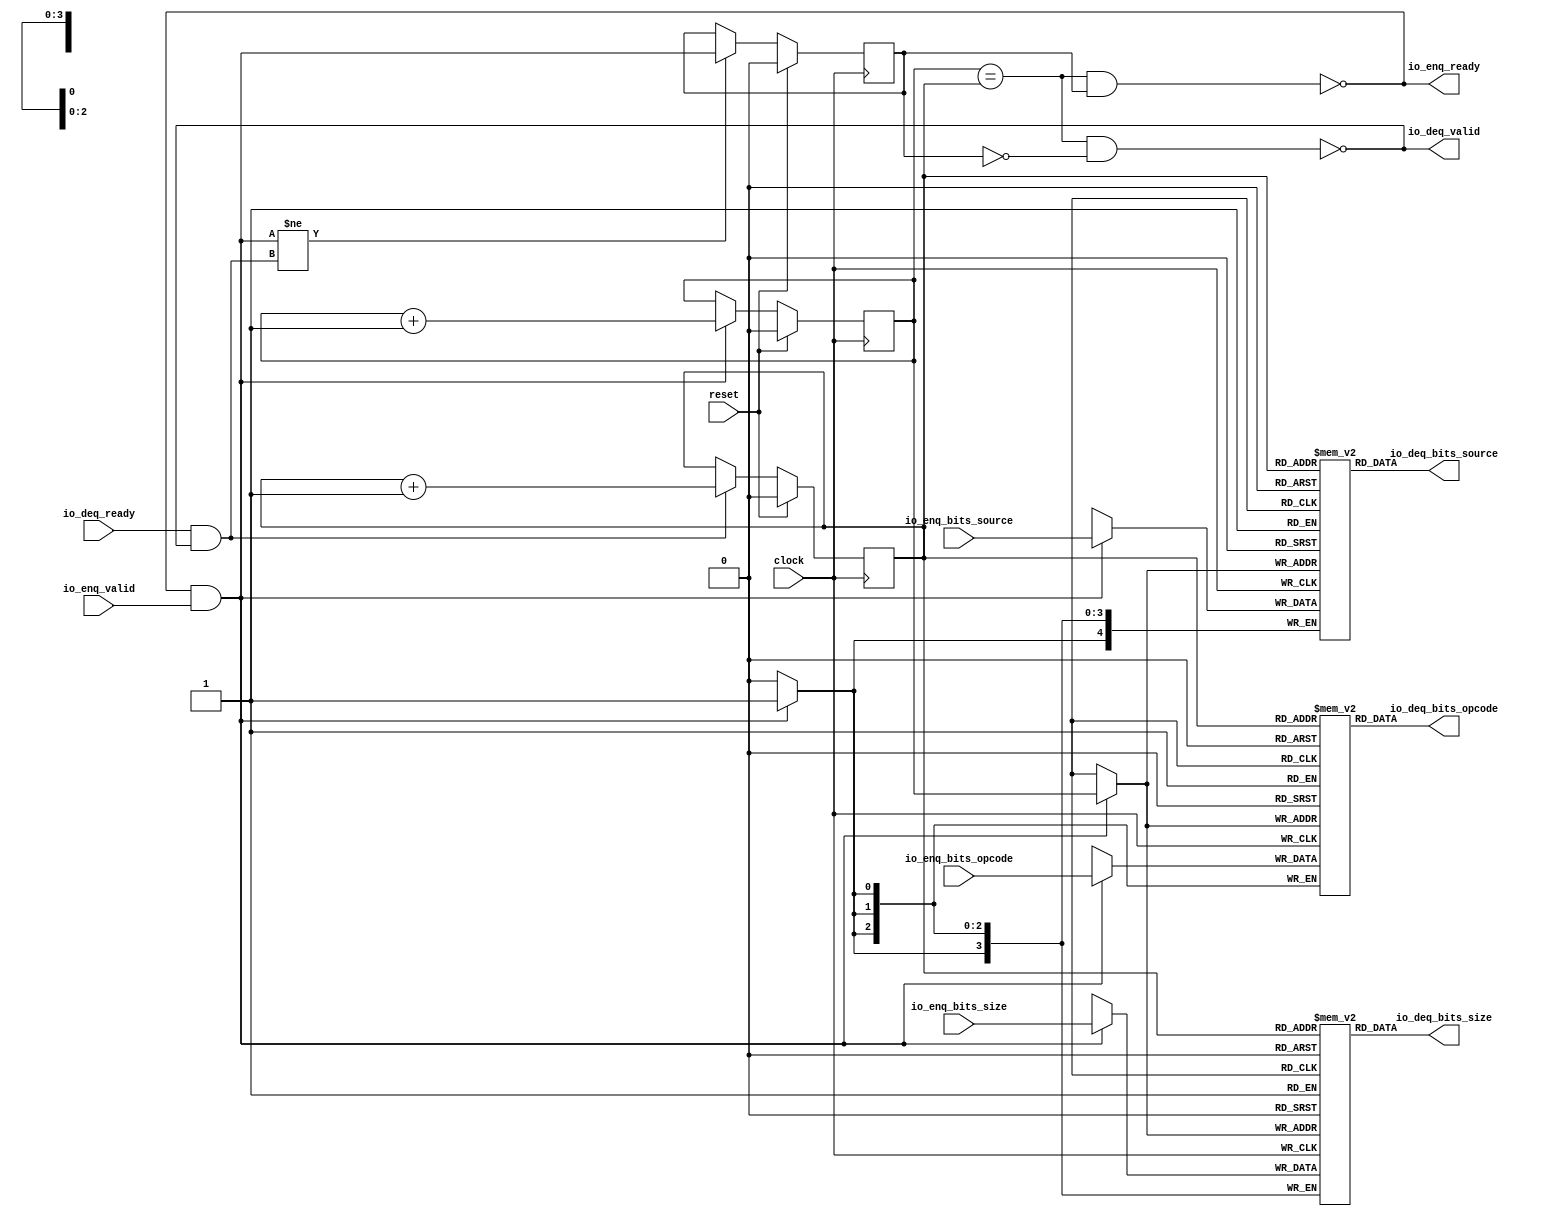
module Queue_24(
  input        clock,
  input        reset,
  output       io_enq_ready,
  input        io_enq_valid,
  input  [2:0] io_enq_bits_opcode,
  input  [3:0] io_enq_bits_size,
  input  [4:0] io_enq_bits_source,
  input        io_deq_ready,
  output       io_deq_valid,
  output [2:0] io_deq_bits_opcode,
  output [3:0] io_deq_bits_size,
  output [4:0] io_deq_bits_source
);
`ifdef RANDOMIZE_MEM_INIT
  reg [31:0] _RAND_0;
  reg [31:0] _RAND_1;
  reg [31:0] _RAND_2;
`endif // RANDOMIZE_MEM_INIT
`ifdef RANDOMIZE_REG_INIT
  reg [31:0] _RAND_3;
  reg [31:0] _RAND_4;
  reg [31:0] _RAND_5;
`endif // RANDOMIZE_REG_INIT
  reg [2:0] ram_opcode [0:1]; // @[Decoupled.scala 218:16]
  wire [2:0] ram_opcode_io_deq_bits_MPORT_data; // @[Decoupled.scala 218:16]
  wire  ram_opcode_io_deq_bits_MPORT_addr; // @[Decoupled.scala 218:16]
  wire [2:0] ram_opcode_MPORT_data; // @[Decoupled.scala 218:16]
  wire  ram_opcode_MPORT_addr; // @[Decoupled.scala 218:16]
  wire  ram_opcode_MPORT_mask; // @[Decoupled.scala 218:16]
  wire  ram_opcode_MPORT_en; // @[Decoupled.scala 218:16]
  reg [3:0] ram_size [0:1]; // @[Decoupled.scala 218:16]
  wire [3:0] ram_size_io_deq_bits_MPORT_data; // @[Decoupled.scala 218:16]
  wire  ram_size_io_deq_bits_MPORT_addr; // @[Decoupled.scala 218:16]
  wire [3:0] ram_size_MPORT_data; // @[Decoupled.scala 218:16]
  wire  ram_size_MPORT_addr; // @[Decoupled.scala 218:16]
  wire  ram_size_MPORT_mask; // @[Decoupled.scala 218:16]
  wire  ram_size_MPORT_en; // @[Decoupled.scala 218:16]
  reg [4:0] ram_source [0:1]; // @[Decoupled.scala 218:16]
  wire [4:0] ram_source_io_deq_bits_MPORT_data; // @[Decoupled.scala 218:16]
  wire  ram_source_io_deq_bits_MPORT_addr; // @[Decoupled.scala 218:16]
  wire [4:0] ram_source_MPORT_data; // @[Decoupled.scala 218:16]
  wire  ram_source_MPORT_addr; // @[Decoupled.scala 218:16]
  wire  ram_source_MPORT_mask; // @[Decoupled.scala 218:16]
  wire  ram_source_MPORT_en; // @[Decoupled.scala 218:16]
  reg  value; // @[Counter.scala 60:40]
  reg  value_1; // @[Counter.scala 60:40]
  reg  maybe_full; // @[Decoupled.scala 221:27]
  wire  ptr_match = value == value_1; // @[Decoupled.scala 223:33]
  wire  empty = ptr_match & (~maybe_full); // @[Decoupled.scala 224:25]
  wire  full = ptr_match & maybe_full; // @[Decoupled.scala 225:24]
  wire  do_enq = io_enq_ready & io_enq_valid; // @[Decoupled.scala 40:37]
  wire  do_deq = io_deq_ready & io_deq_valid; // @[Decoupled.scala 40:37]
  wire  _value_T_1 = value + 1'h1; // @[Counter.scala 76:24]
  wire  _value_1_T_1 = value_1 + 1'h1; // @[Counter.scala 76:24]
  wire  _T = do_enq != do_deq; // @[Decoupled.scala 236:16]
  assign ram_opcode_io_deq_bits_MPORT_addr = value_1;
  assign ram_opcode_io_deq_bits_MPORT_data = ram_opcode[ram_opcode_io_deq_bits_MPORT_addr]; // @[Decoupled.scala 218:16]
  assign ram_opcode_MPORT_data = io_enq_bits_opcode;
  assign ram_opcode_MPORT_addr = value;
  assign ram_opcode_MPORT_mask = 1'h1;
  assign ram_opcode_MPORT_en = io_enq_ready & io_enq_valid;
  assign ram_size_io_deq_bits_MPORT_addr = value_1;
  assign ram_size_io_deq_bits_MPORT_data = ram_size[ram_size_io_deq_bits_MPORT_addr]; // @[Decoupled.scala 218:16]
  assign ram_size_MPORT_data = io_enq_bits_size;
  assign ram_size_MPORT_addr = value;
  assign ram_size_MPORT_mask = 1'h1;
  assign ram_size_MPORT_en = io_enq_ready & io_enq_valid;
  assign ram_source_io_deq_bits_MPORT_addr = value_1;
  assign ram_source_io_deq_bits_MPORT_data = ram_source[ram_source_io_deq_bits_MPORT_addr]; // @[Decoupled.scala 218:16]
  assign ram_source_MPORT_data = io_enq_bits_source;
  assign ram_source_MPORT_addr = value;
  assign ram_source_MPORT_mask = 1'h1;
  assign ram_source_MPORT_en = io_enq_ready & io_enq_valid;
  assign io_enq_ready = ~full; // @[Decoupled.scala 241:19]
  assign io_deq_valid = ~empty; // @[Decoupled.scala 240:19]
  assign io_deq_bits_opcode = ram_opcode_io_deq_bits_MPORT_data; // @[Decoupled.scala 242:15]
  assign io_deq_bits_size = ram_size_io_deq_bits_MPORT_data; // @[Decoupled.scala 242:15]
  assign io_deq_bits_source = ram_source_io_deq_bits_MPORT_data; // @[Decoupled.scala 242:15]
  always @(posedge clock) begin
    if(ram_opcode_MPORT_en & ram_opcode_MPORT_mask) begin
      ram_opcode[ram_opcode_MPORT_addr] <= ram_opcode_MPORT_data; // @[Decoupled.scala 218:16]
    end
    if(ram_size_MPORT_en & ram_size_MPORT_mask) begin
      ram_size[ram_size_MPORT_addr] <= ram_size_MPORT_data; // @[Decoupled.scala 218:16]
    end
    if(ram_source_MPORT_en & ram_source_MPORT_mask) begin
      ram_source[ram_source_MPORT_addr] <= ram_source_MPORT_data; // @[Decoupled.scala 218:16]
    end
    if (reset) begin // @[Counter.scala 60:40]
      value <= 1'h0; // @[Counter.scala 60:40]
    end else if (do_enq) begin // @[Decoupled.scala 229:17]
      value <= _value_T_1; // @[Counter.scala 76:15]
    end
    if (reset) begin // @[Counter.scala 60:40]
      value_1 <= 1'h0; // @[Counter.scala 60:40]
    end else if (do_deq) begin // @[Decoupled.scala 233:17]
      value_1 <= _value_1_T_1; // @[Counter.scala 76:15]
    end
    if (reset) begin // @[Decoupled.scala 221:27]
      maybe_full <= 1'h0; // @[Decoupled.scala 221:27]
    end else if (_T) begin // @[Decoupled.scala 236:28]
      maybe_full <= do_enq; // @[Decoupled.scala 237:16]
    end
  end
// Register and memory initialization
`ifdef RANDOMIZE_GARBAGE_ASSIGN
`define RANDOMIZE
`endif
`ifdef RANDOMIZE_INVALID_ASSIGN
`define RANDOMIZE
`endif
`ifdef RANDOMIZE_REG_INIT
`define RANDOMIZE
`endif
`ifdef RANDOMIZE_MEM_INIT
`define RANDOMIZE
`endif
`ifndef RANDOM
`define RANDOM $random
`endif
`ifdef RANDOMIZE_MEM_INIT
  integer initvar;
`endif
`ifndef SYNTHESIS
`ifdef FIRRTL_BEFORE_INITIAL
`FIRRTL_BEFORE_INITIAL
`endif
initial begin
  `ifdef RANDOMIZE
    `ifdef INIT_RANDOM
      `INIT_RANDOM
    `endif
    `ifndef VERILATOR
      `ifdef RANDOMIZE_DELAY
        #`RANDOMIZE_DELAY begin end
      `else
        #0.002 begin end
      `endif
    `endif
`ifdef RANDOMIZE_MEM_INIT
  _RAND_0 = {1{`RANDOM}};
  for (initvar = 0; initvar < 2; initvar = initvar+1)
    ram_opcode[initvar] = _RAND_0[2:0];
  _RAND_1 = {1{`RANDOM}};
  for (initvar = 0; initvar < 2; initvar = initvar+1)
    ram_size[initvar] = _RAND_1[3:0];
  _RAND_2 = {1{`RANDOM}};
  for (initvar = 0; initvar < 2; initvar = initvar+1)
    ram_source[initvar] = _RAND_2[4:0];
`endif // RANDOMIZE_MEM_INIT
`ifdef RANDOMIZE_REG_INIT
  _RAND_3 = {1{`RANDOM}};
  value = _RAND_3[0:0];
  _RAND_4 = {1{`RANDOM}};
  value_1 = _RAND_4[0:0];
  _RAND_5 = {1{`RANDOM}};
  maybe_full = _RAND_5[0:0];
`endif // RANDOMIZE_REG_INIT
  `endif // RANDOMIZE
end // initial
`ifdef FIRRTL_AFTER_INITIAL
`FIRRTL_AFTER_INITIAL
`endif
`endif // SYNTHESIS
endmodule